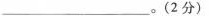
(2分)